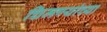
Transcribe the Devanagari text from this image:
चिमण्यांच्या